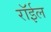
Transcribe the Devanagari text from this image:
रॉईल